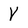
Character: Y